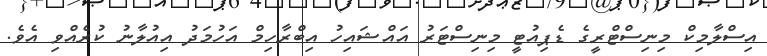
އިސްލާމިކް މިނިސްޓްރީގެ ޑެޕިއުޓީ މިނިސްޓަރު އައްޝައިހު އިބްރާހިމް އަހުމަދު އިއުލާނު ކުރެއްވި އެވެ.